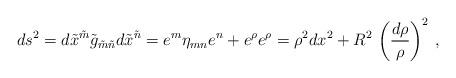
LaTeX: \begin{align*}ds^2 = d\tilde x^{\tilde m} \tilde g_{\tilde m\tilde n} d\tilde x^{\tilde n} =e^{m} \eta_{mn} e^{n} + e^\rho e^\rho =\rho^2 dx^2 + R^2 \,\left(\frac{d\rho}\rho\right)^2\,,\end{align*}